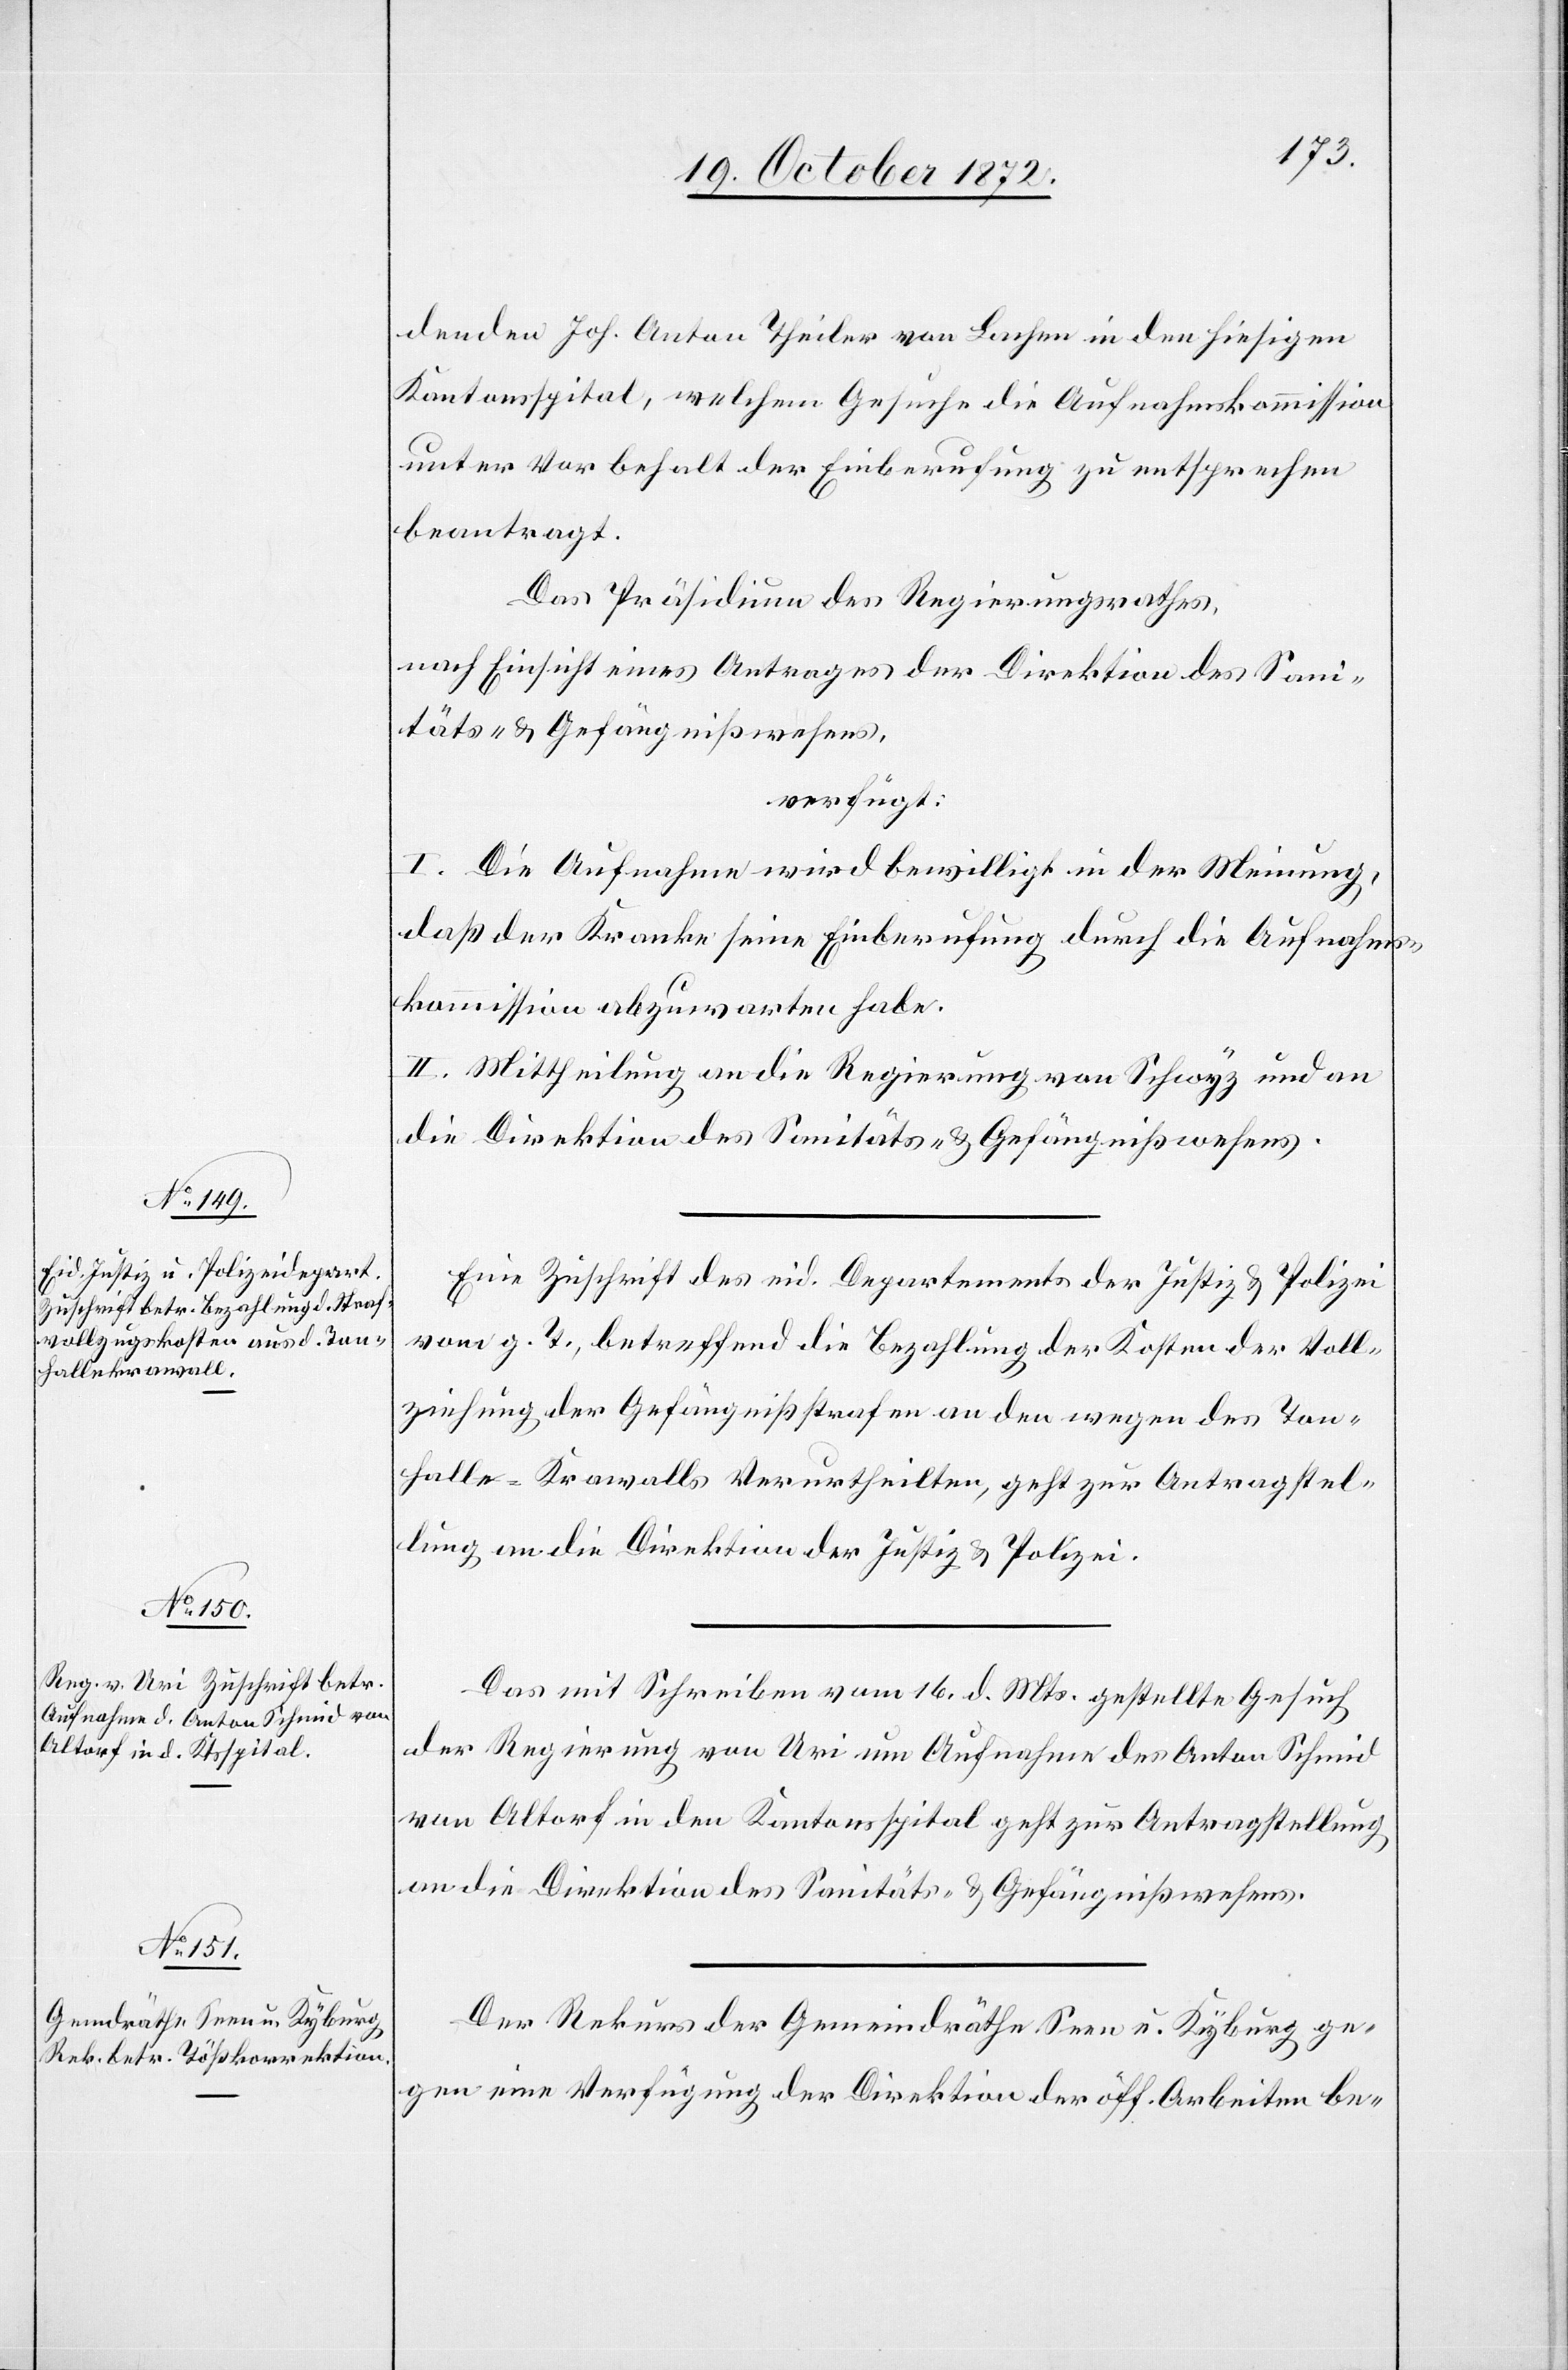
19. October 1872.]
denden Joh. Anton Theiler von Lachen in den hiesigen
Kantonsspital, welchem Gesuche die Aufnahmskommission
unter Vorbehalt der Einberufung zu entsprechen
beantragt.
Das Präsidium des Regierungsrathes,
nach Einsicht eines Antrages der Direktion des Sani¬
täts- u. Gefängnißwesens,
verfügt:
I. Die Aufnahme wird bewilligt in der Meinung,
daß der Kranke seine Einberufung durch die Aufnahms¬
kommission abzuwarten habe.
II. Mittheilung an die Regierung von Schwyz und an
die Direktion des Sanitäts- u. Gefängnißwesens.
Eine Zuschrift des eid. Departements der Justiz u. Polizei
vom g. T., betreffend die Bezahlung der Kosten der Voll¬
ziehung der Gefängnißstrafen an den wegen des Ton¬
halle-Krawalls Verurtheilten, geht zur Antragstel¬
lung an die Direktion der Justiz u. Polizei.
Das mit Schreiben vom 16. d. Mts. gestellte Gesuch
der Regierung von Uri um Aufnahme des Anton Schmid
von Altorf in den Kantonsspital geht zur Antragstellung
an die Direktion des Sanitäts- u. Gefängnißwesens.
Der Rekurs der Gemeindräthe Seen u. Kyburg ge¬
gen eine Verfügung der Direktion der öff. Arbeiten be-